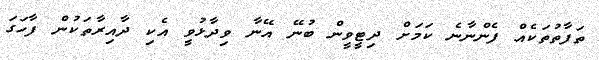
ތަފާތުތަކެއް ފެންނާނެ ކަމަށް ދިޓީވީން ބުނޭ އޭނާ ވިދާޅުވީ އެކި ދާއިރާތަކުން ފާހަގަ